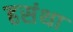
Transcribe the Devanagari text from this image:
हसंथा